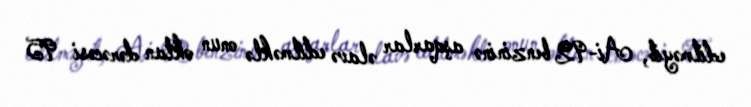
edilməyib, Ai-92 benzininə aşqarlar əlavə edilməklə onun oktan dərəcəsi 95